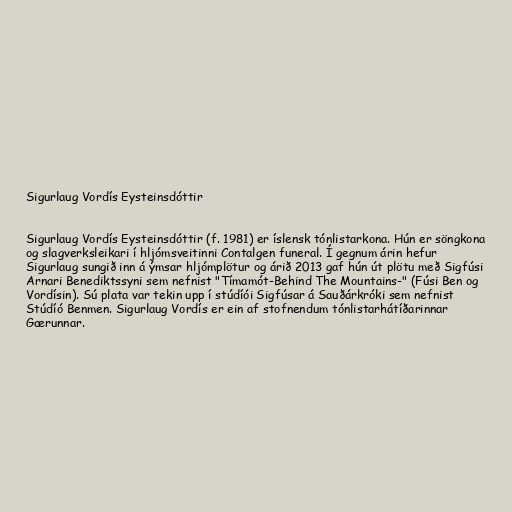
Sigurlaug Vordís Eysteinsdóttir

Sigurlaug Vordís Eysteinsdóttir (f. 1981) er íslensk tónlistarkona. Hún er söngkona
og slagverksleikari í hljómsveitinni Contalgen funeral. Í gegnum árin hefur
Sigurlaug sungið inn á ýmsar hljómplötur og árið 2013 gaf hún út plötu með Sigfúsi
Arnari Benediktssyni sem nefnist "Tímamót-Behind The Mountains-" (Fúsi Ben og
Vordísin). Sú plata var tekin upp í stúdíói Sigfúsar á Sauðárkróki sem nefnist
Stúdíó Benmen. Sigurlaug Vordís er ein af stofnendum tónlistarhátíðarinnar
Gærunnar.